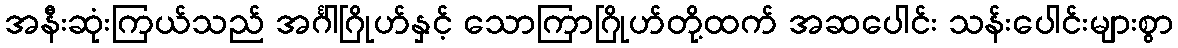
အနီးဆုံးကြယ်သည် အင်္ဂါဂြိုဟ်နှင့် သောကြာဂြိုဟ်တို့ထက် အဆပေါင်း သန်းပေါင်းများစွာ